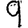
Digit: 9